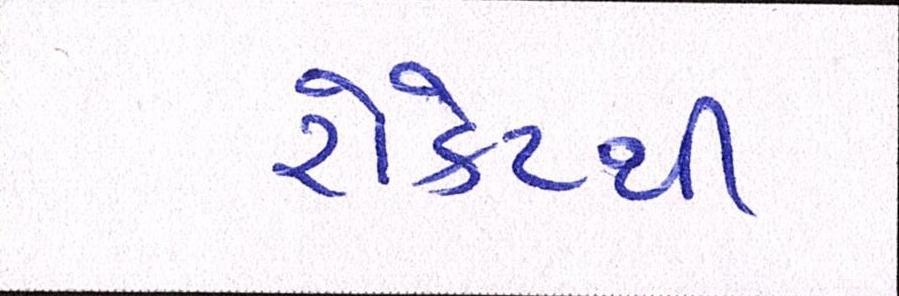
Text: રોકેટથી